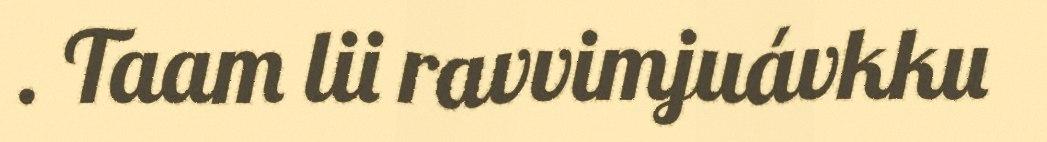
. Taam lii ravvimjuávkku